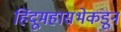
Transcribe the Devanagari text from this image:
हिंदूमहासभेकडून